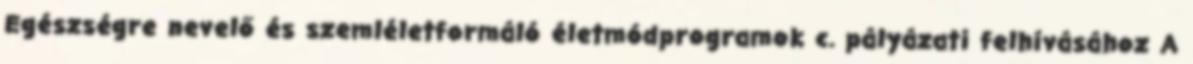
Egészségre nevelő és szemléletformáló életmódprogramok c. pályázati felhívásához A